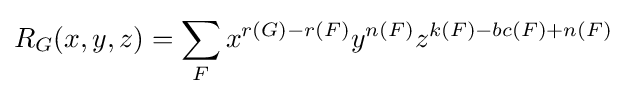
R_{G}(x,y,z)=\sum _{F}x^{r(G)-r(F)}y^{n(F)}z^{k(F)-bc(F)+n(F)}